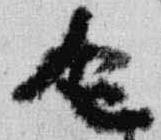
令